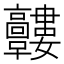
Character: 𩫰